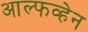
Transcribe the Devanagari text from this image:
आल्फव्हेन